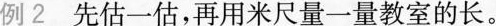
例2 先估一估，再用米尺量一量教室的长。